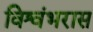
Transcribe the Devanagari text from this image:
विश्वंभरास